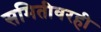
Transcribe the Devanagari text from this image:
समितीवरही